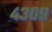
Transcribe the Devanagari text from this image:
४३०९